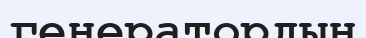
генератордың